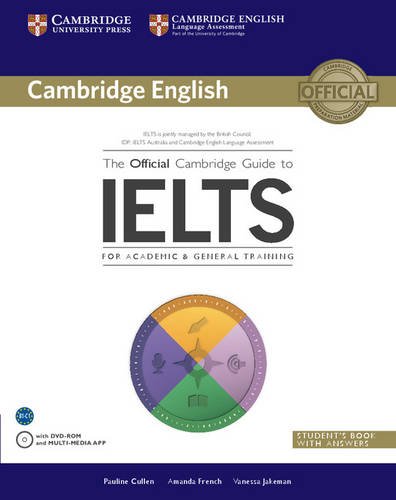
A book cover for The Official Cambridge Guide to IELTS Student's Book with Answers with DVD-ROM (Cambridge English); Pauline Cullen; Reference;